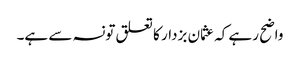
واضح رہے کہ عثمان بزدار کا تعلق تونسہ سے ہے۔